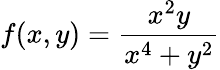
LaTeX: f(x,y)={\frac{x^{2}y}{x^{4}+y^{2}}}